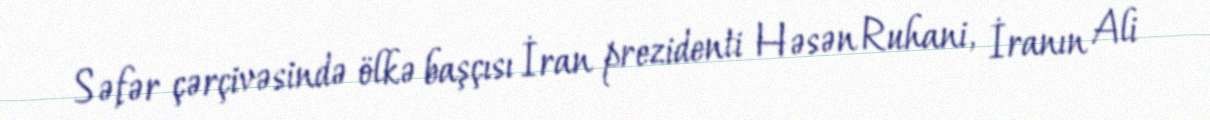
Səfər çərçivəsində ölkə başçısı İran prezidenti Həsən Ruhani, İranın Ali